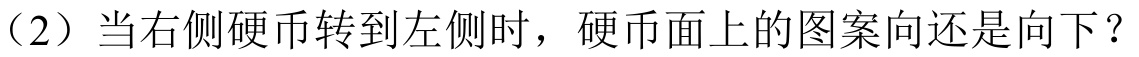
（2）当右侧硬币转到左侧时，硬币面上的图案向还是向下？